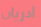
ادريان